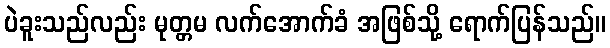
ပဲခူးသည်လည်း မုတ္တမ လက်အောက်ခံ အဖြစ်သို့ ရောက်ပြန်သည်။